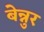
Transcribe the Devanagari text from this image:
बेन्नुर